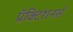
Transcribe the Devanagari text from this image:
प्रॅक्टिशनर्स